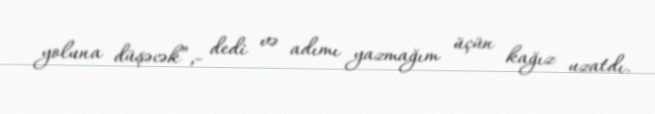
yoluna düşəcək”,- dedi və adımı yazmağım üçün kağız uzatdı.